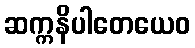
ဆက္ကနိပါတေယေဝ